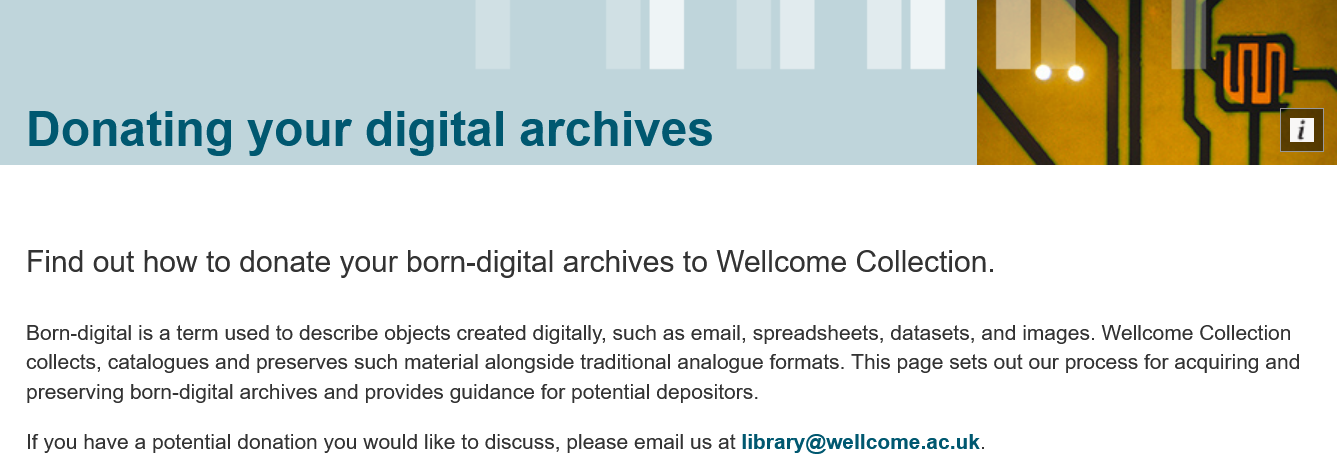
Donating    your    digital    archives
   Find  out  how   to donate   your   born-digital  archives   to  Wellcome    Collection.
   Born-digital is a term used to describe objects created digitally, such as email, spreadsheets, datasets, and images. Wellcome Collection
   collects, catalogues and preserves such material alongside traditional analogue formats. This page sets out our process for acquiring and
   preserving born-digital archives and provides guidance for potential depositors.
   If you have a potential donation you would like to discuss, please email us at library@wellcome.ac.uk.